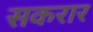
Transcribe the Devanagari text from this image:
सकरार